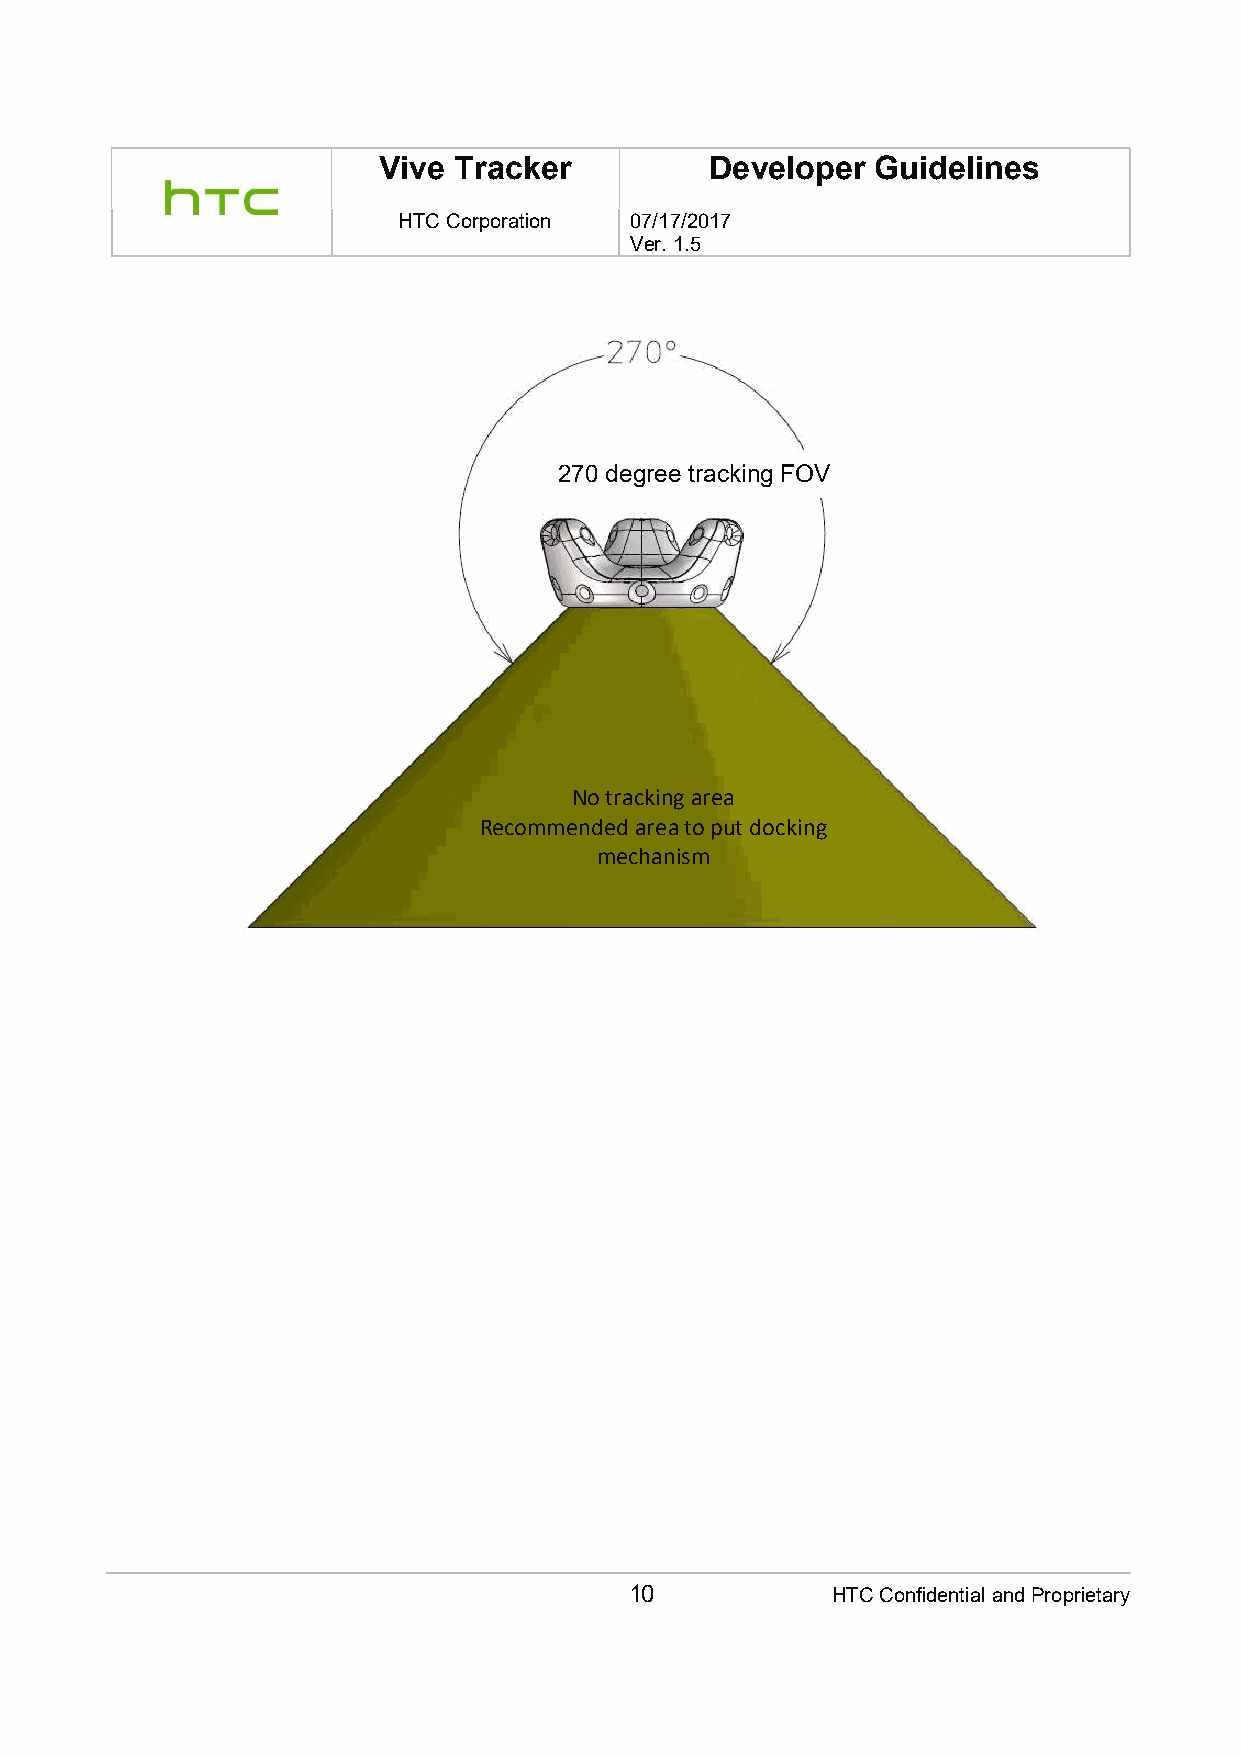
Vive Tracker          Developer  Guidelines
 HTC Corporation 07/17/2017
 Ver. 1.5
 270 degree tracking FOV
 No tracking area
 Recommended area to put docking
 mechanism
 10           HTC Confidential and Proprietary